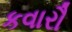
કવારૌ